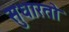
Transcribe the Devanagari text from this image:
सुधारतो